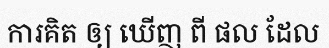
ការគិត ឲ្យ ឃើញ ពី ផល ដែល